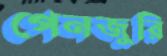
পেনজুরি